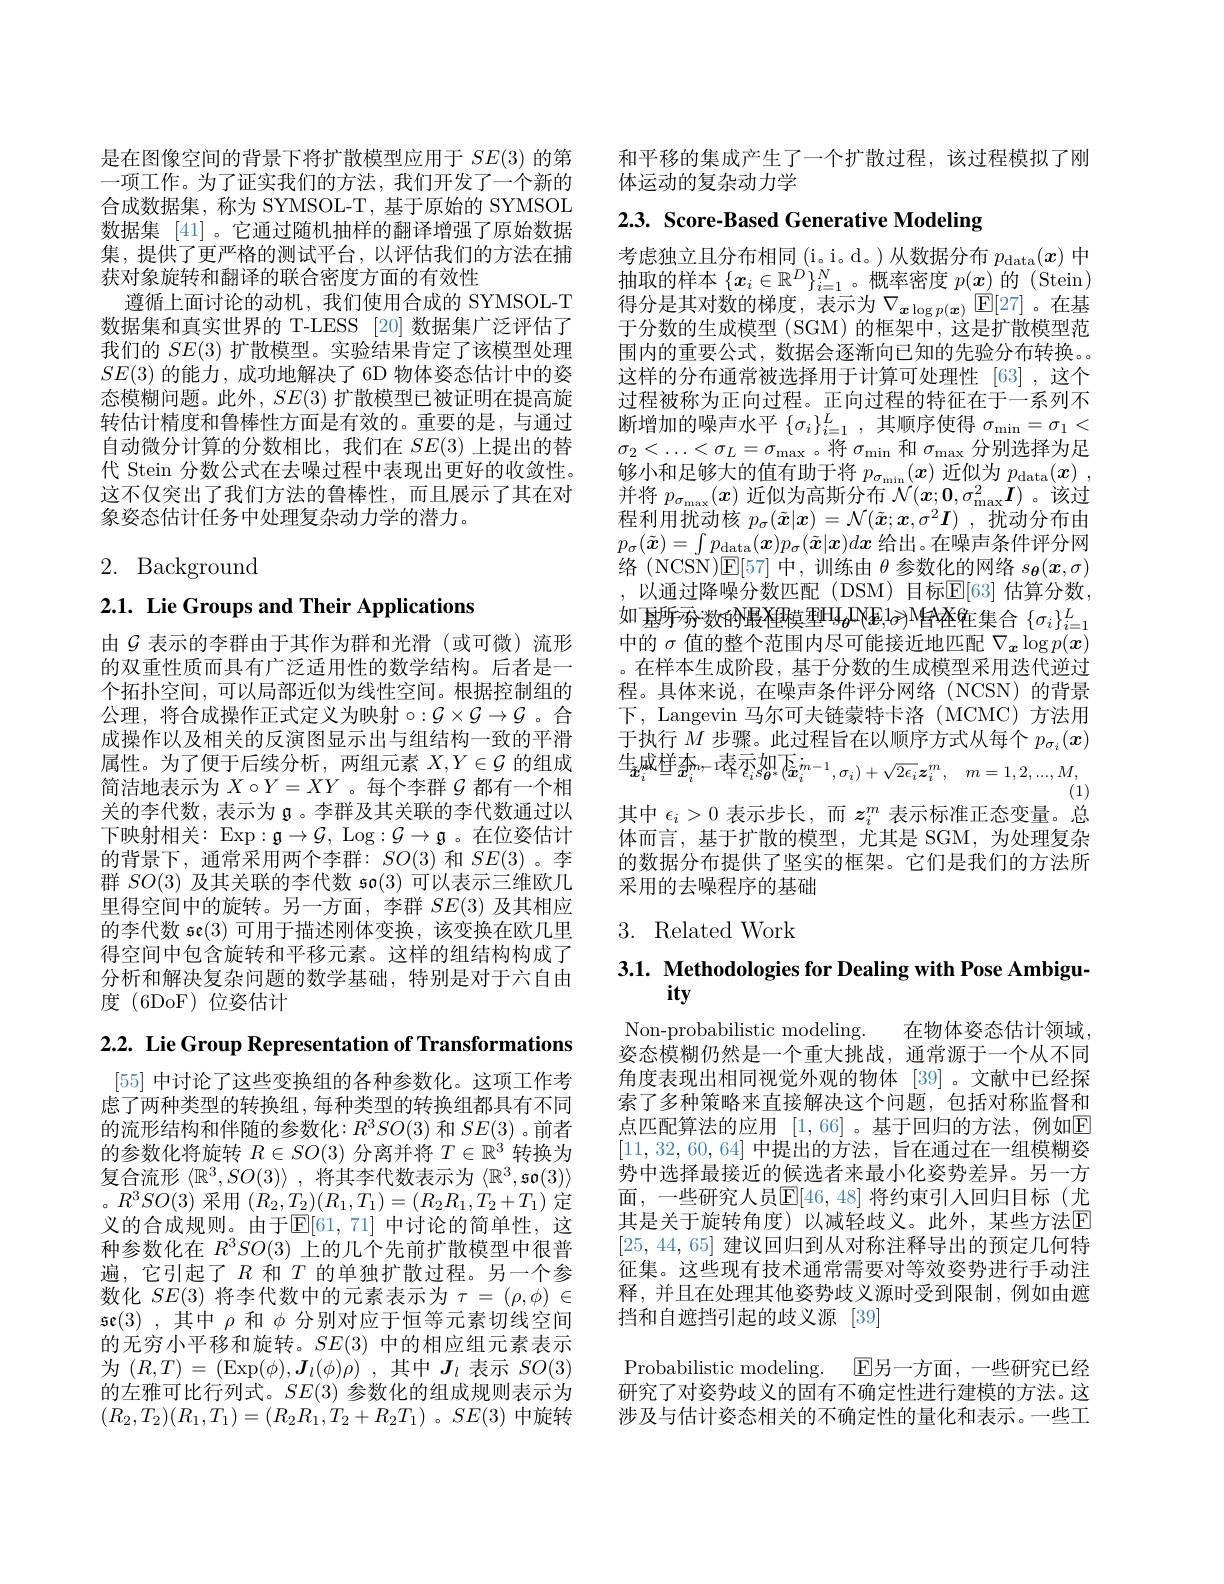
是在图像空间的背景下将扩散模型应用于$SE(3)$的第一项工作。为了证实我们的方法，我们开发了一个新的合成数据集，称为 SYMSOL-T, 基于原始的 SYMSOL 数据集[41]。它通过随机抽样的翻译增强了原始数据集，提供了更严格的测试平台，以评估我们的方法在捕获对象旋转和翻译的联合密度方面的有效性
遵循上面讨论的动机，我们使用合成的 SYMSOL-T 数据集和真实世界的 T-LESS [20] 数据集广泛评估了我们的$SE(3)$扩散模型。实验结果肯定了该模型处理$SE(3)$的能力，成功地解决了 6D 物体姿态估计中的姿态模糊问题。此外，$SE(3)$扩散模型已被证明在提高旋转估计精度和鲁棒性方面是有效的。重要的是，与通过自动微分计算的分数相比，我们在$SE(3)$上提出的替代 Stein 分数公式在去噪过程中表现出更好的收敛性。这不仅突出了我们方法的鲁棒性，而且展示了其在对象姿态估计任务中处理复杂动力学的潜力。

# 2. Background

2.1. Lie Groups and Their Applications

由$\mathcal{G}$表示的李群由于其作为群和光滑 (或可微)流形的双重性质而具有广泛适用性的数学结构。后者是一个拓扑空间，可以局部近似为线性空间。根据控制组的公理，将合成操作正式定义为映射$\circ:\mathcal{G}\times\mathcal{G}\to\mathcal{G}$。合成操作以及相关的反演图显示出与组结构一致的平滑属性。为了便于后续分析，两组元素$X,Y\in\mathcal{G}$的组成简洁地表示为$X\circ Y=XY$ 。每个李群$\mathcal{G}$都有一个相关的李代数，表示为$\mathfrak{g}$。李群及其关联的李代数通过以下映射相关：$\operatorname{Exp}:\mathfrak{g}\to\mathcal{G}$, Log$:\mathcal{G}\to\mathfrak{g}$ 。在位姿估计的背景下，通常采用两个李群：$SO(3)$和$SE(3)$。李群$SO(3)$及其关联的李代数 so(3)可以表示三维欧几里得空间中的旋转。另一方面，李群$SE(3)$及其相应的李代数 se(3)可用于描述刚体变换，该变换在欧几里得空间中包含旋转和平移元素。这样的组结构构成了分析和解决复杂问题的数学基础，特别是对于六自由度(6DoF)位姿估计

2.2. Lie Group Representation of Transformations

[55]中讨论了这些变换组的各种参数化。这项工作考虑了两种类型的转换组，每种类型的转换组都具有不同的流形结构和伴随的参数化$:R^3SO(3)$ 和 $SE(3)$ 。前者的参数化将旋转$R\in SO(3)$分离并将$T\in\mathbb{R}^3$转换为复合流形$\langle \mathbb{R} ^3, SO( 3) \rangle$ ,将其李代数表示为$\langle\mathbb{R}^3,\mathfrak{so}(3)\rangle$ 。$R^3SO(3)$采用$(R_2,T_2)(R_1,T_1)=(R_2R_1,T_2+T_1)$定义的合成规则。由于$\mathbb{E}[61,71]$ 中讨论的简单性，这种参数化在$R^3SO(3)\dot{\text{上的几个先前扩散模型中很普}}$ 遍，它引起了$R$ 和$T$ 的单独扩散过程。另一个参数化$SE(3)$将李代数中的元素表示为$\tau=(\rho,\phi)\in$ se(3),其中$\rho$和$\phi$分别对应于恒等元素切线空间的无穷小平移和旋转。$SE(3)$中的相应组元素表示为$(R,T)=(\operatorname{Exp}(\phi),\boldsymbol{J}_{l}(\phi)\rho)$ ,其中$J_l$表示$SO(3)$ 的左雅可比行列式。$SE(3)$参数化的组成规则表示为$(R_2,T_2)(R_1,T_1)=(R_2R_1,T_2+R_2T_1)$。$SE(3)$中旋转

和平移的集成产生了一个扩散过程，该过程模拟了刚
体运动的复杂动力学

2.3. Score-Based Generative Modeling

考虑独立且分布相同(i。i。d。)从数据分布$p_\mathrm{data}(x)$中抽取的样本$\{\boldsymbol{x}_i\in\mathbb{R}^D\}_{i=1}^N$。概率密度$p(\boldsymbol{x})$的 (Stein) 得分是其对数的梯度，表示为$\nabla_{\boldsymbol{x}\log p(\boldsymbol{x})}$▣$\mathbb{E}[27]$。在基于分数的生成模型 (SGM) 的框架中，这是扩散模型范围内的重要公式，数据会逐渐向已知的先验分布转换。这样的分布通常被选择用于计算可处理性[63],这个过程被称为正向过程。正向过程的特征在于一系列不断增加的噪声水平$\{\sigma_i\}_{i=1}^L$,其顺序使得$\sigma_\mathrm{min}=\sigma_1<$ $\sigma_2<\ldots<\sigma_L=\sigma_{\max}$。将$\sigma_\min$和$\sigma_\max$分别选择为足够小和足够大的值有助于将$p_\sigma_\mathrm{min}(x)$近似为$p_\mathrm{data}( x)$ , 并将$p_\sigma_\mathrm{max}(\boldsymbol{x})$近似为高斯分布$\mathcal{N} ( \boldsymbol{x}; \boldsymbol{0}, \sigma _\mathrm{max}^2\boldsymbol{I})$。该过程利用扰动核$p_\sigma(\tilde{\boldsymbol{x}}|\boldsymbol{x})=\mathcal{N}(\tilde{\boldsymbol{x}};\boldsymbol{x},\sigma^2\boldsymbol{I})$ ,扰动分布由$p_{\sigma}(\tilde{\boldsymbol{x}})=\int p_{\mathrm{data}}(\boldsymbol{x})p_{\sigma}(\tilde{\boldsymbol{x}}|\boldsymbol{x})dx$给出。在噪声条件评分网络(NCSN)$\mathsf E[57]$中，训练由$\theta$参数化的网络$s_{\boldsymbol{\theta}}(\boldsymbol{x},\sigma)$ ,以通过降噪分数匹配(DSM)目标$\overline{\mathbb{E}}[63]$ 估算分数， 如 壓所夯数的最溼模型$\Psi_{\theta}$INE,1$\sigma)$AAK在集合 $\{\sigma_i\}_{i=1}^L$ 中的$\sigma$值的整个范围内尽可能接近地匹配$\nabla_{\boldsymbol{x}}\log p(\boldsymbol{x})$ 。在样本生成阶段，基于分数的生成模型采用迭代逆过程。具体来说，在噪声条件评分网络(NCSN)的背景下，Langevin 马尔可夫链蒙特卡洛(MCMC)方法用于执行$M$步骤。此过程旨在以顺序方式从每个$p_\sigma_i(x)$ 其中$\epsilon_i>0$表示步长，而$z_i^m$表示标准正态变量。总体而言，基于扩散的模型，尤其是 SGM,为处理复杂的数据分布提供了坚实的框架。它们是我们的方法所采用的去噪程序的基础

## 3. Related Work

3.1. Methodologies for Dealing with Pose Ambigu-
ity

Non-probabilistic modeling. 在物体姿态估计领域， 姿态模糊仍然是一个重大挑战，通常源于一个从不同角度表现出相同视觉外观的物体[39]。文献中已经探索了多种策略来直接解决这个问题，包括对称监督和点匹配算法的应用 [1,66] 。基于回归的方法，例如$\mathbb{E}$ [11,32,60,64]中提出的方法，旨在通过在一组模糊姿势中选择最接近的候选者来最小化姿势差异。另一方面，一些研究人员$\mathbb{E}[46,48]$ 将约束引人回归目标(尤其是关于旋转角度)以减轻歧义。此外，某些方法$\mathbb{E}$ [25, 44, 65]建议回归到从对称注释导出的预定几何特征集。这些现有技术通常需要对等效姿势进行手动注释，并且在处理其他姿势歧义源时受到限制，例如由遮挡和自遮挡引起的歧义源[39]
Probabilistic modeling. E另一方面，一些研究已经研究了对姿势歧义的固有不确定性进行建模的方法。这涉及与估计姿态相关的不确定性的量化和表示。一些工